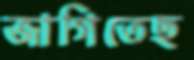
জাগিতেছ